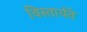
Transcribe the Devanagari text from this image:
विस्तार्यते